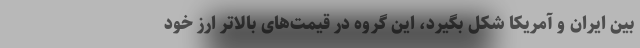
بین ایران و آمریکا شکل بگیرد، این گروه در قیمت‌های بالاتر ارز خود